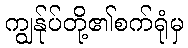
ကျွန်ုပ်တို့၏စက်ရုံမှ